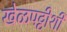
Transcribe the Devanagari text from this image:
खेळपट्टीशी